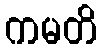
ကမတိ